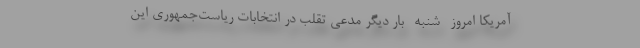
آمریکا امروز -‌شنبه- بار دیگر مدعی تقلب در انتخابات ریاست‌جمهوری این